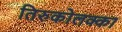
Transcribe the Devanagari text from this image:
तिरुकोलक्का